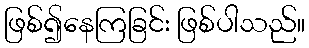
ဖြစ်၍နေကြခြင်း ဖြစ်ပါသည်။